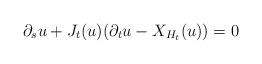
\begin{align*}\partial_s u+J_t(u)(\partial_t u-X_{H_t}(u))=0\end{align*}